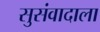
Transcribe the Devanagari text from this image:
सुसंवादाला